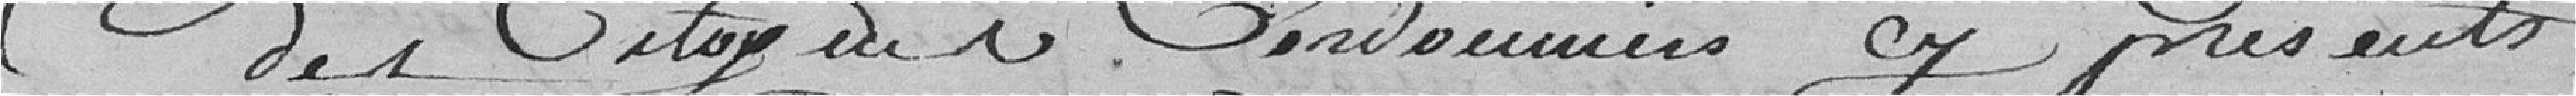
des citoyens Cordonniers ci présents